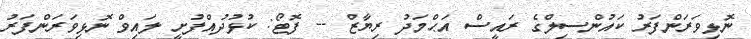
ނޮޅިވަރަންފަރު ކައުންސިލްގެ ރައީސް އަޙްމަދު ރިޔާޒް -- ފޮޓޯ: ކުޅުދުއްފުށީ ލައިވް ނޮޅިވަރަންފަރު